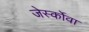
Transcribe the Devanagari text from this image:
जेर्स्कोवा